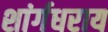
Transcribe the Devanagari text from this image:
शांर्गधराय